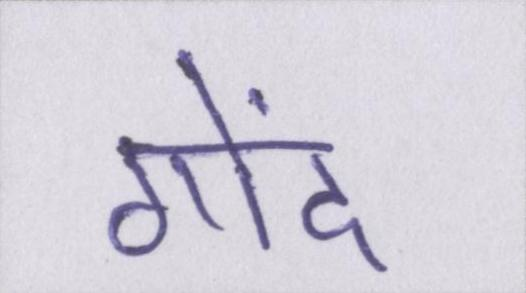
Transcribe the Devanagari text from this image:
गोंद